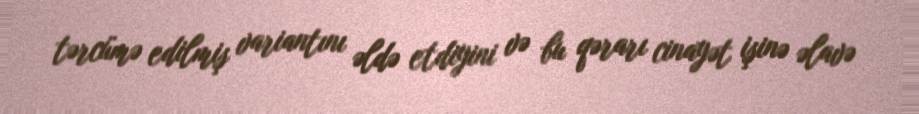
tərcümə edilmiş variantını əldə etdiyini və bu qərarı cinayət işinə əlavə